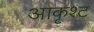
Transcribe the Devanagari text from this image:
आकृश्ट